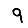
Digit: 9